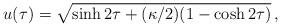
LaTeX: \begin{align*}u(\tau) = \sqrt{\sinh{2\tau}+(\kappa/2)(1-\cosh{2\tau})}\,,\end{align*}